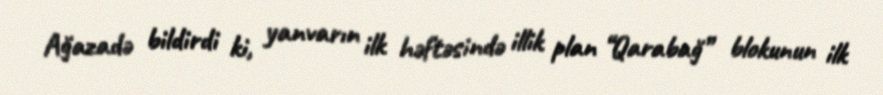
Ağazadə bildirdi ki, yanvarın ilk həftəsində illik plan “Qarabağ” blokunun ilk